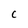
Character: C